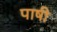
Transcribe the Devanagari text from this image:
पाषी